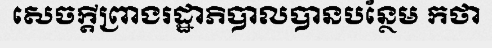
សេចក្តីព្រាងរដ្ឋាភិបាលបានបន្ថែម កថា